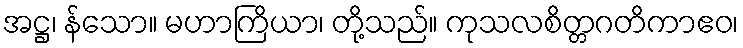
အဋ္ဌ၊ န်သော။ မဟာကြိယာ၊ တို့သည်။ ကုသလစိတ္တဂတိကာဧဝ၊